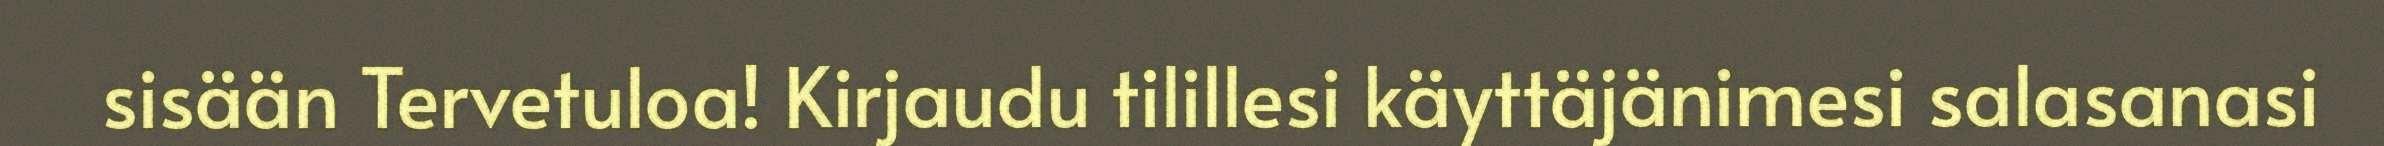
sisään Tervetuloa! Kirjaudu tilillesi käyttäjänimesi salasanasi